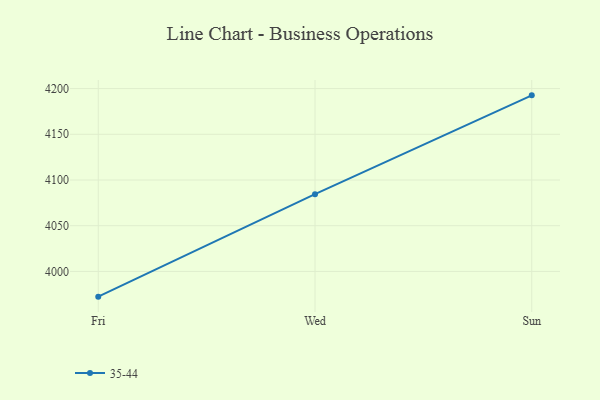
{"axis": {"x": "Day", "y": "Website Visitors"}, "legend": ["35-44"], "data": [{"x": "Fri", "y": 3972.4, "type": "35-44"}, {"x": "Wed", "y": 4084.5, "type": "35-44"}, {"x": "Sun", "y": 4192.6, "type": "35-44"}]}